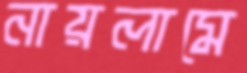
নায়লামে